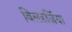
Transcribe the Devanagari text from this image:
बिलहर्ज़िया